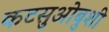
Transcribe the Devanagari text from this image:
कटसुओबुशी